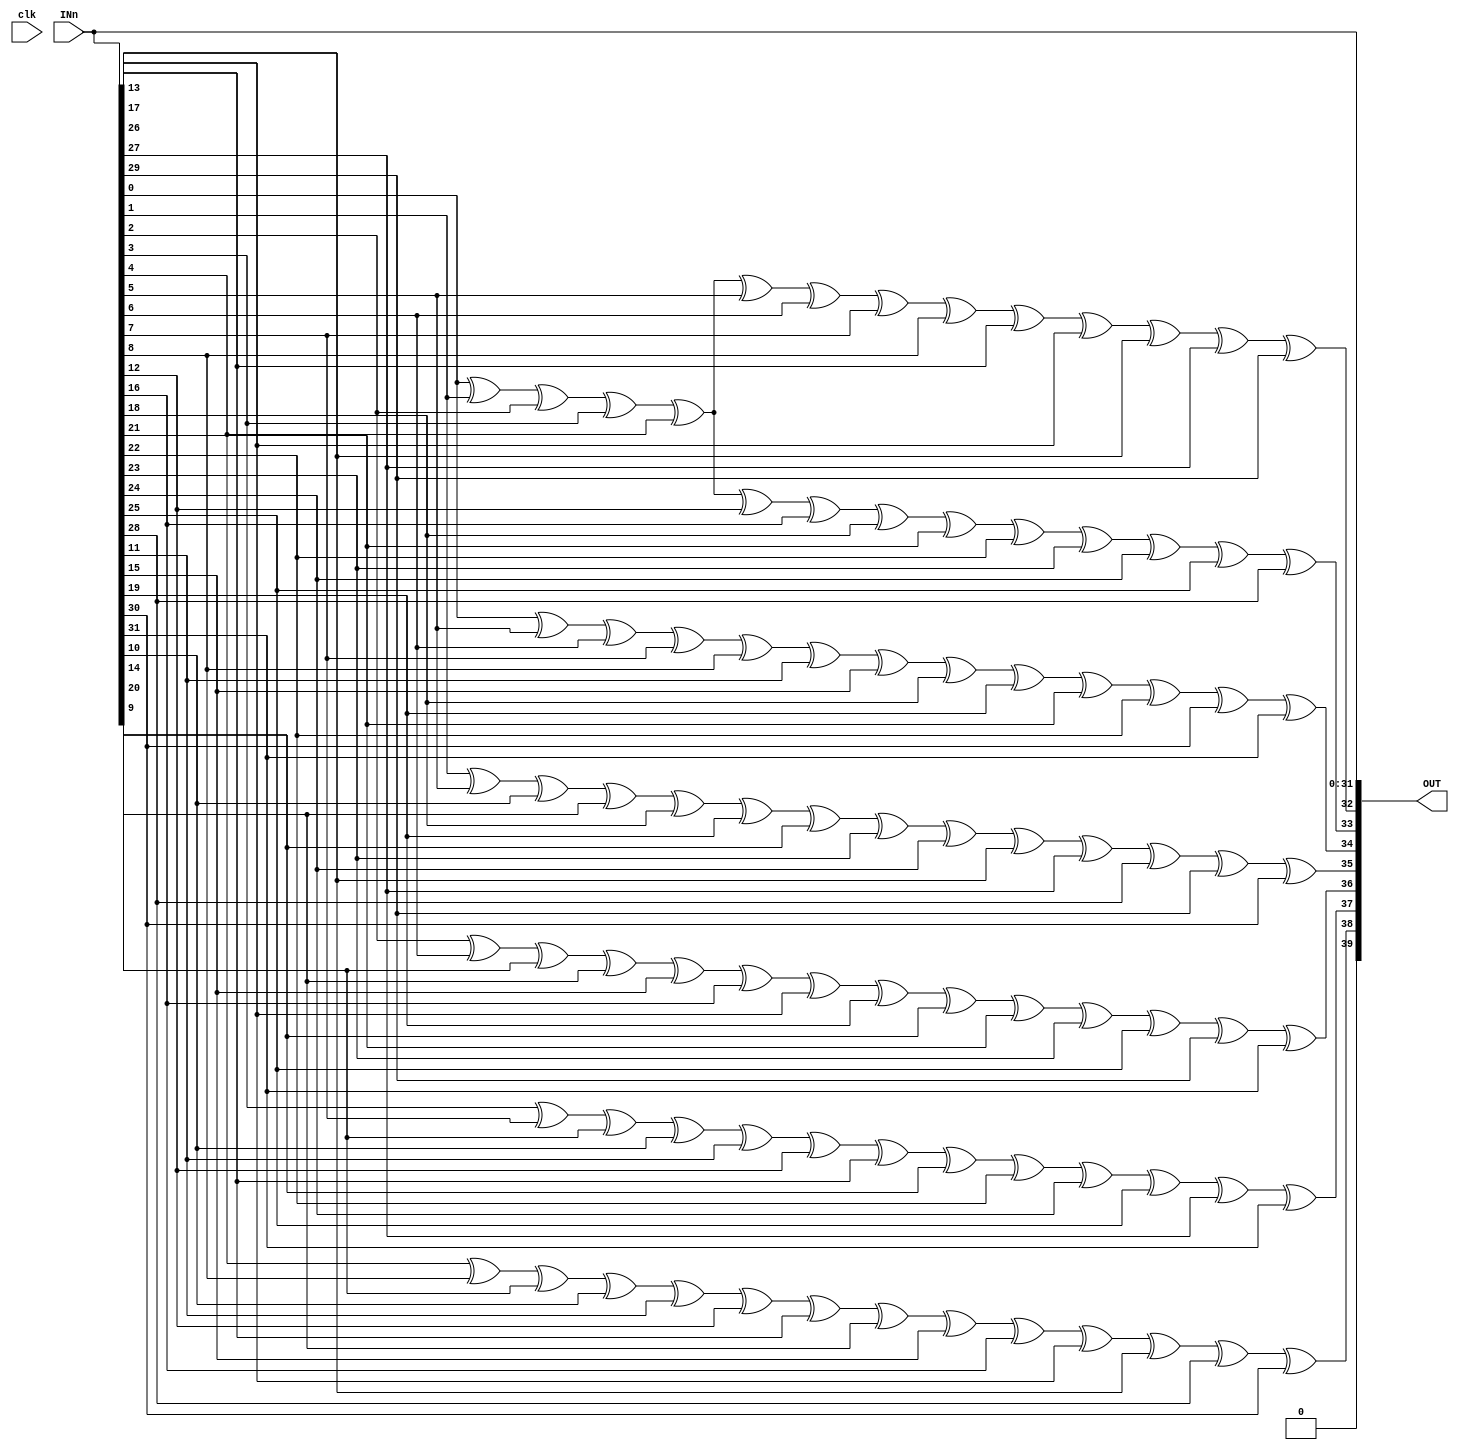
`timescale 1ns / 1ps
//////////////////////////////////////////////////////////////////////////////////
// Company: 
// Engineer: 
// 
// Design Name: 
// Module Name: test
// Project Name: 
// Target Devices: 
// Tool Versions: 
// Description: 
// 
// Dependencies: 
// 
// Revision:
// Revision 0.01 - File Created
// Additional Comments:
// 
//////////////////////////////////////////////////////////////////////////////////


module test(
    input  [31:0] INn, 
    output reg [39:0] OUT,
    input clk   
);

    always @(*) begin
       OUT[31:0] <= INn[31:0];
       OUT[32] <= INn[0] ^ INn[1] ^ INn[2] ^ INn[3] ^ INn[4] ^ INn[5] ^ INn[6] ^ INn[7] ^ INn[8] ^ INn[13] ^ INn[17] ^ INn[26] ^ INn[27] ^ INn[29];
       OUT[33] <= INn[0] ^ INn[1] ^ INn[2] ^ INn[3] ^ INn[4] ^ INn[12] ^ INn[16] ^ INn[18] ^ INn[21] ^ INn[22] ^ INn[23] ^ INn[24] ^ INn[25] ^ INn[28];
       OUT[34] <= INn[0] ^ INn[5] ^ INn[6] ^ INn[7] ^ INn[8] ^ INn[11] ^ INn[15] ^ INn[18] ^ INn[19] ^ INn[21] ^ INn[22] ^ INn[30] ^ INn[31];
       OUT[35] <= INn[1] ^ INn[5] ^ INn[10] ^ INn[14] ^ INn[18] ^ INn[19] ^ INn[20] ^ INn[23] ^ INn[24] ^ INn[26] ^ INn[27] ^ INn[28] ^ INn[29] ^ INn[30];
       OUT[36] <= INn[2] ^ INn[6] ^ INn[9] ^ INn[14] ^ INn[15] ^ INn[16] ^ INn[17] ^ INn[19] ^ INn[20] ^ INn[21] ^ INn[23] ^ INn[25] ^ INn[29] ^ INn[31];
       OUT[37] <= INn[3] ^ INn[7] ^ INn[9] ^ INn[10] ^ INn[11] ^ INn[12] ^ INn[13] ^ INn[20] ^ INn[22] ^ INn[24] ^ INn[25] ^ INn[27] ^ INn[31];
       OUT[38] <= INn[4] ^ INn[8] ^ INn[9] ^ INn[10] ^ INn[11] ^ INn[12] ^ INn[13] ^ INn[14] ^ INn[15] ^ INn[16] ^ INn[17] ^ INn[26] ^ INn[28] ^ INn[30];
       OUT[39] <= 0;
    end
endmodule